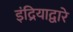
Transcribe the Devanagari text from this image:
इंद्रियाद्वारे